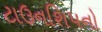
ટાઉનશિપનો